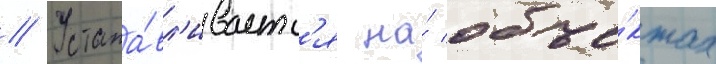
// Устана́вл'иваетс'я на́ объе́ктах